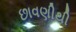
છાવણીથી